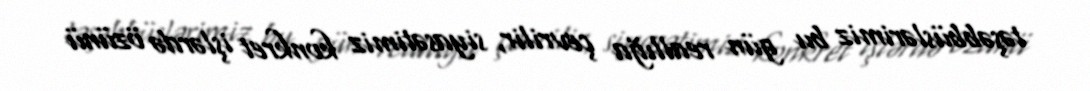
təşəbbüslərimiz bu gün reallığa çevrilir, siyasətimiz konkret işlərdə özünü